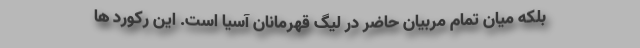
بلکه میان تمام مربیان حاضر در لیگ قهرمانان آسیا است. این رکورد ها